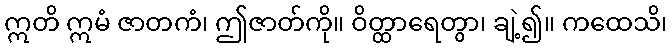
ဣတိ ဣမံ ဇာတကံ၊ ဤဇာတ်ကို။ ဝိတ္ထာရေတွာ၊ ချဲ့၍။ ကထေသိ၊